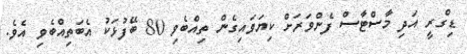
ޑިގްރީ އަދި މާސްޓާސް ފެންވަރަށް ކިޔަވައިގެން ތިއްބެވި 80 ބޭފުޅަކު އެބަތިއްބެވި އެވެ.